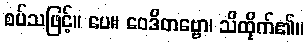
စပ်သဖြင့်။ ပေ။ ဝေဒိတဗ္ဗော၊ သိထိုက်၏။